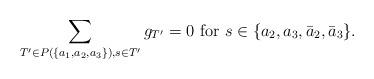
LaTeX: \begin{align*}\sum_{T'\in P(\{a_1,a_2,a_3\}), s\in T'}{g_{T'}}=0\mbox{ for }s\in \{a_2, a_3, \bar{a}_2, \bar{a}_3\}.\end{align*}